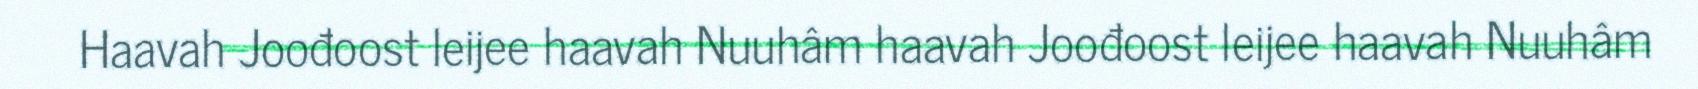
Haavah Joođoost leijee haavah Nuuhâm haavah Joođoost leijee haavah Nuuhâm